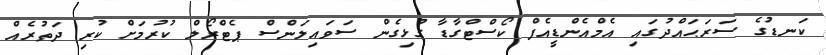
ކަނޑުުގެ ސަރަޙައްދުގައި އެމްއެންޑީއެފް ކޯސްޓްގާޑާ ގުޅިގެން ސަވައިލަންސް ޕެޓްރޯލް ކުރުމަށް ކުރި ދަތުރެއް